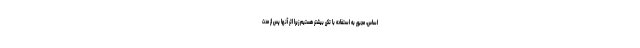
اساس، مجبور به استفاده با تکرر بیشتر هستیم زیرا اثر آنها پس از مدت